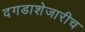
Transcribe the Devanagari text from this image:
दगडाशेजारीच